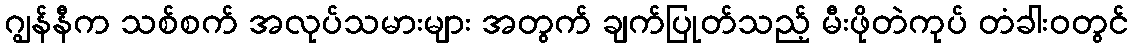
ဂျွန်နီက သစ်စက် အလုပ်သမားများ အတွက် ချက်ပြုတ်သည့် မီးဖိုတဲကုပ် တံခါးဝတွင်